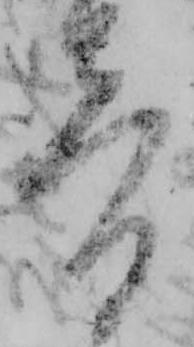
音